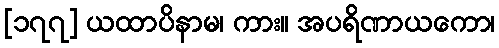
[၁၇၇] ယထာပိနာမ၊ ကား။ အပရိဏာယကော၊